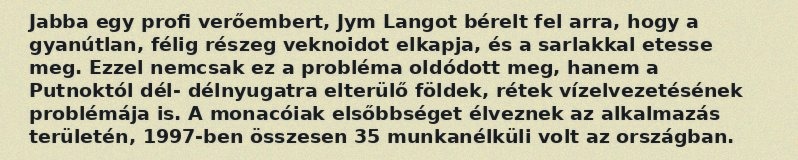
Jabba egy profi verőembert, Jym Langot bérelt fel arra, hogy a gyanútlan, félig részeg veknoidot elkapja, és a sarlakkal etesse meg. Ezzel nemcsak ez a probléma oldódott meg, hanem a Putnoktól dél- délnyugatra elterülő földek, rétek vízelvezetésének problémája is. A monacóiak elsőbbséget élveznek az alkalmazás területén, 1997-ben összesen 35 munkanélküli volt az országban.